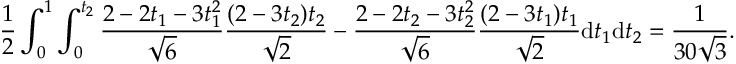
\frac { 1 } { 2 } \int _ { 0 } ^ { 1 } \int _ { 0 } ^ { t _ { 2 } } \frac { 2 - 2 t _ { 1 } - 3 t _ { 1 } ^ { 2 } } { \sqrt { 6 } } \frac { ( 2 - 3 t _ { 2 } ) t _ { 2 } } { \sqrt { 2 } } - \frac { 2 - 2 t _ { 2 } - 3 t _ { 2 } ^ { 2 } } { \sqrt { 6 } } \frac { ( 2 - 3 t _ { 1 } ) t _ { 1 } } { \sqrt { 2 } } \mathrm { d } t _ { 1 } \mathrm { d } t _ { 2 } = \frac { 1 } { 3 0 \sqrt { 3 } } .